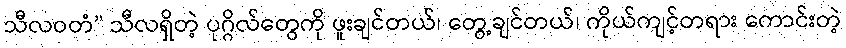
သီလဝတံ” သီလရှိတဲ့ ပုဂ္ဂိလ်တွေကို ဖူးချင်တယ်၊ တွေ့ချင်တယ်၊ ကိုယ်ကျင့်တရား ကောင်းတဲ့